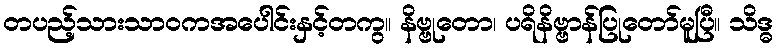
တပည့်သားသာဝကအပေါင်းနှင့်တကွ။ နိဗ္ဗုတော၊ ပရိနိဗ္ဗာန်ပြုတော်မူပြီ။ သိဒ္ဓ